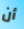
أن